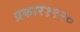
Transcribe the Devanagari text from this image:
प्रकार१९२०